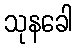
သုနခေါ